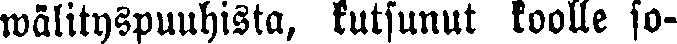
wälityspuuhista, kutsunut koolle so-